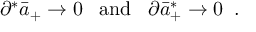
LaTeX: \partial ^ { * } \bar { a } _ { + } \rightarrow 0 \; \; \; \mathrm { a n d } \; \; \; \partial \bar { a } _ { + } ^ { * } \rightarrow 0 \; \; .